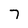
Character: 7